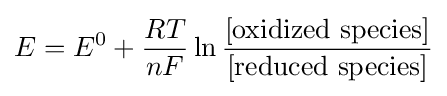
E=E^{0}+{\frac {RT}{nF}}\ln {\frac {[{\text{oxidized species}}]}{[{\text{reduced species}}]}}